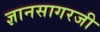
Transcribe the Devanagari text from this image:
ज्ञानसागरजी